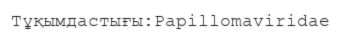
Тұқымдастығы:Papillomaviridae